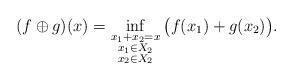
LaTeX: \begin{align*} (f\oplus g)(x) = \inf_{\substack{x_1+x_2=x\\x_1\in X_2\\x_2\in X_2}}\big( f(x_1) +g(x_2)\big). \end{align*}